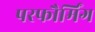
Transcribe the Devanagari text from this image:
परफौर्मिंग